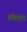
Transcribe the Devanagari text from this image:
कपिलतीर्थ